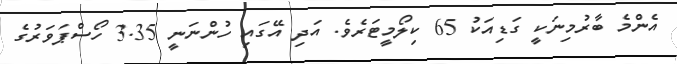
އެންމެ ބާރުމިނަކީ ގަޑިއަކު 65 ކިލޯމީޓަރެވެ. އަދި އޭގައި ހުންނަނީ 3.35 ހޯސްޕަވަރުގެ